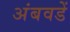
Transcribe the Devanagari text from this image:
अंबवडें